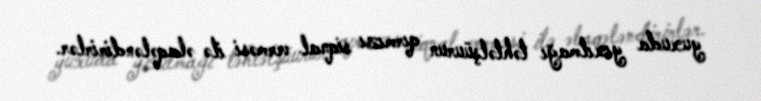
yuxuda yıxılmağı təhtəlşüurun qırmızı siqnal verməsi ilə əlaqələndirirlər.